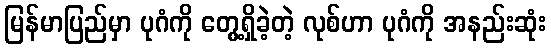
မြန်မာပြည်မှာ ပုဂံကို တွေ့ရှိခဲ့တဲ့ လုစ်ဟာ ပုဂံကို အနည်းဆုံး